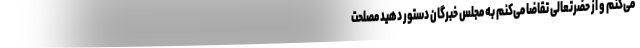
می‌کنم و از حضرتعالی تقاضا می‌کنم به مجلس خبرگان دستور دهید مصلحت